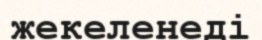
жекеленеді